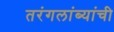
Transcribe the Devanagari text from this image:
तरंगलांब्यांची